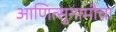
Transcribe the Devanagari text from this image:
आणित्सुनामीचा